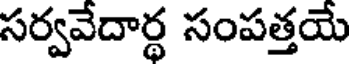
సర్వవేదార్థ సంపత్తయే